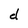
Character: d